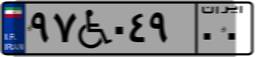
۹۷W۰۴۹۰۰